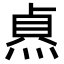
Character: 𭵐